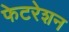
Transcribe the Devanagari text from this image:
फेटरेशन